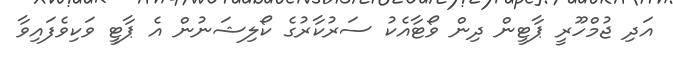
އަދި ޖުމްހޫރީ ޕާޓީން ދިން ވޯޓާއެކު ސަރުކާރުގެ ކޯލިޝަނުން އެ ޕާޓީ ވަކިވެފައިވާ